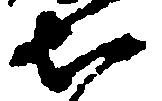
知